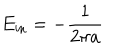
LaTeX: E _ { \mathrm { i n } } = - \frac { 1 } { 2 \pi a }